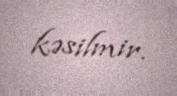
kəsilmir.